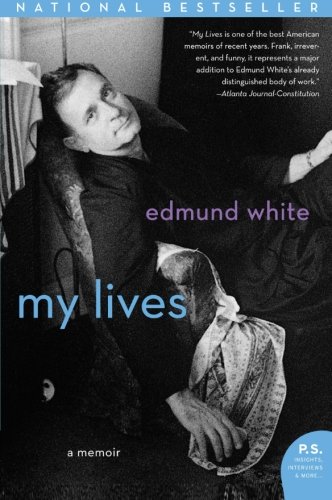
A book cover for My Lives: A Memoir (P.S.); Edmund White; Gay & Lesbian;